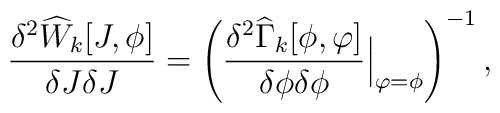
\frac{\delta^2 \widehat{W}_k[J,\phi]}{\delta J\delta J}=\left( \frac{\delta^2 \widehat{\Gamma}_k[\phi,\varphi]}{\delta\phi\delta\phi} {\Big |}_{\varphi=\phi}\right)^{-1},